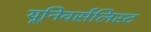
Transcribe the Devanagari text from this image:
यूनिवर्सलिस्ट